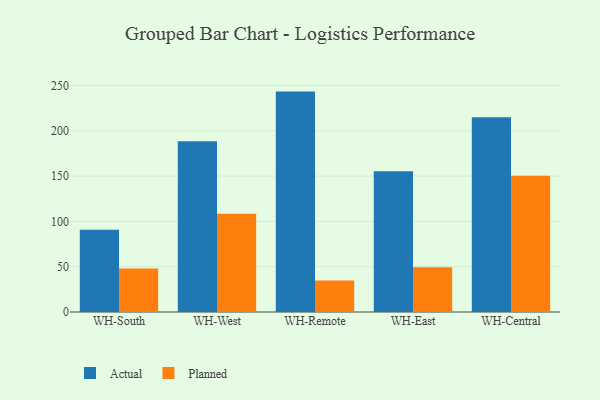
{"axis": {"x": "Warehouse", "y": "Bounce Rate (%)"}, "legend": ["Actual", "Planned"], "data": [{"x": "WH-South", "y": 90.7, "type": "Actual"}, {"x": "WH-South", "y": 48.1, "type": "Planned"}, {"x": "WH-West", "y": 188.5, "type": "Actual"}, {"x": "WH-West", "y": 108.4, "type": "Planned"}, {"x": "WH-Remote", "y": 243.3, "type": "Actual"}, {"x": "WH-Remote", "y": 34.7, "type": "Planned"}, {"x": "WH-East", "y": 155.4, "type": "Actual"}, {"x": "WH-East", "y": 49.3, "type": "Planned"}, {"x": "WH-Central", "y": 215.0, "type": "Actual"}, {"x": "WH-Central", "y": 150.4, "type": "Planned"}]}